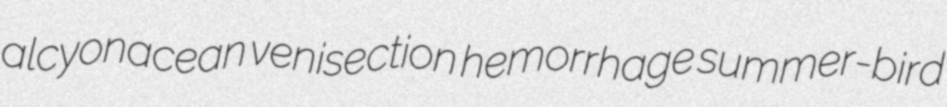
alcyonacean venisection hemorrhage summer-bird